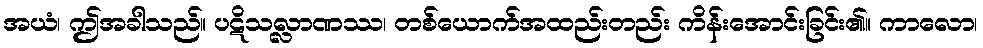
အယံ၊ ဤအခါသည်။ ပဋိသလ္လာဏဿ၊ တစ်ယောက်အထည်းတည်း ကိန်းအောင်းခြင်း၏။ ကာလော၊